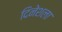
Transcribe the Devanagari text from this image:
दिनेशला